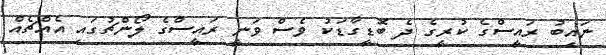
ނައިބު ރައީސްގެ ކުރީގެ ދެ ބޮޑީގާޑަކު ވެސް ވަނީ ރައީސްގެ ލޯންޗުގައި އެއްޗެއް